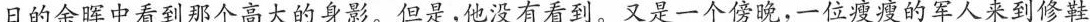
日的余晖中看到那个高大的身影。但是，他没有看到。又是一个傍晚，一位瘦瘦的军人来到修鞋